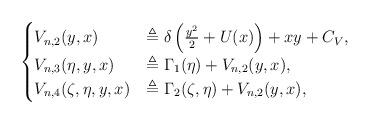
LaTeX: \begin{align*}\begin{cases}V_{n,2}(y,x) &\triangleq \delta \left (\frac{y^2}{2} + U(x) \right ) + xy + C_V,\\ V_{n,3}(\eta,y,x) &\triangleq \Gamma_1(\eta) + V_{n,2}(y,x),\\ V_{n,4}(\zeta,\eta,y,x) &\triangleq \Gamma_2(\zeta,\eta) + V_{n,2}(y,x),\end{cases}\end{align*}